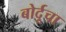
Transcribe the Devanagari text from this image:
बोर्दूचा